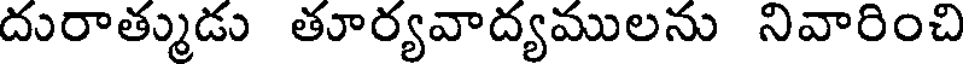
దురాత్ముడు తూర్యవాద్యములను నివారించి